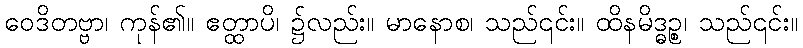
ဝေဒိတဗ္ဗာ၊ ကုန်၏။ ဧတ္ထာပိ၊ ၌လည်း။ မာနောစ၊ သည်၎င်း။ ထိနမိဒ္ဓဉ္စ၊ သည်၎င်း။